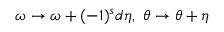
\omega \rightarrow \omega + ( - 1 ) ^ { s } d \eta , \ \theta \rightarrow \theta + \eta